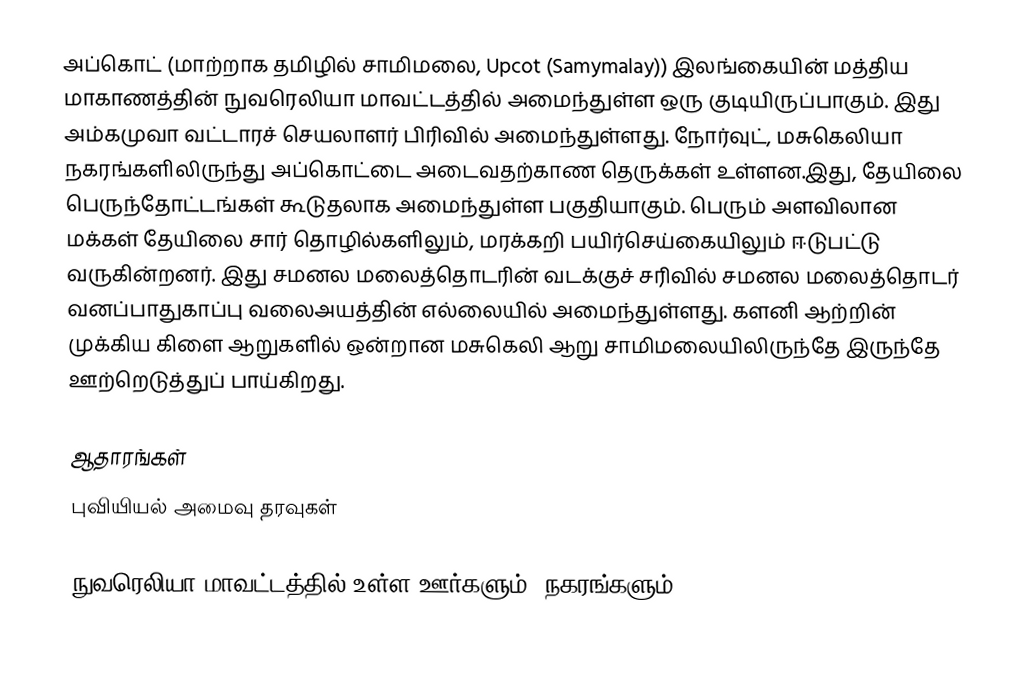
அப்கொட் (மாற்றாக தமிழில் சாமிமலை, Upcot (Samymalay)) இலங்கையின் மத்திய மாகாணத்தின் நுவரெலியா மாவட்டத்தில் அமைந்துள்ள ஒரு குடியிருப்பாகும். இது அம்கமுவா வட்டாரச் செயலாளர் பிரிவில் அமைந்துள்ளது. நோர்வுட், மசுகெலியா நகரங்களிலிருந்து அப்கொட்டை அடைவதற்காண தெருக்கள் உள்ளன.இது, தேயிலை பெருந்தோட்டங்கள் கூடுதலாக அமைந்துள்ள பகுதியாகும். பெரும் அளவிலான மக்கள் தேயிலை சார் தொழில்களிலும், மரக்கறி பயிர்செய்கையிலும் ஈடுபட்டு வருகின்றனர். இது சமனல மலைத்தொடரின் வடக்குச் சரிவில் சமனல மலைத்தொடர் வனப்பாதுகாப்பு வலைஅயத்தின் எல்லையில் அமைந்துள்ளது. களனி ஆற்றின் முக்கிய கிளை ஆறுகளில் ஒன்றான மசுகெலி ஆறு சாமிமலையிலிருந்தே இருந்தே ஊற்றெடுத்துப் பாய்கிறது.

ஆதாரங்கள்
புவியியல் அமைவு தரவுகள்

நுவரெலியா மாவட்டத்தில் உள்ள ஊர்களும், நகரங்களும்